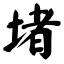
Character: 堵